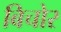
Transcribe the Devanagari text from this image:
बिचोर